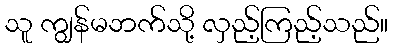
သူ ကျွန်မဘက်သို့ လှည့်ကြည့်သည်။